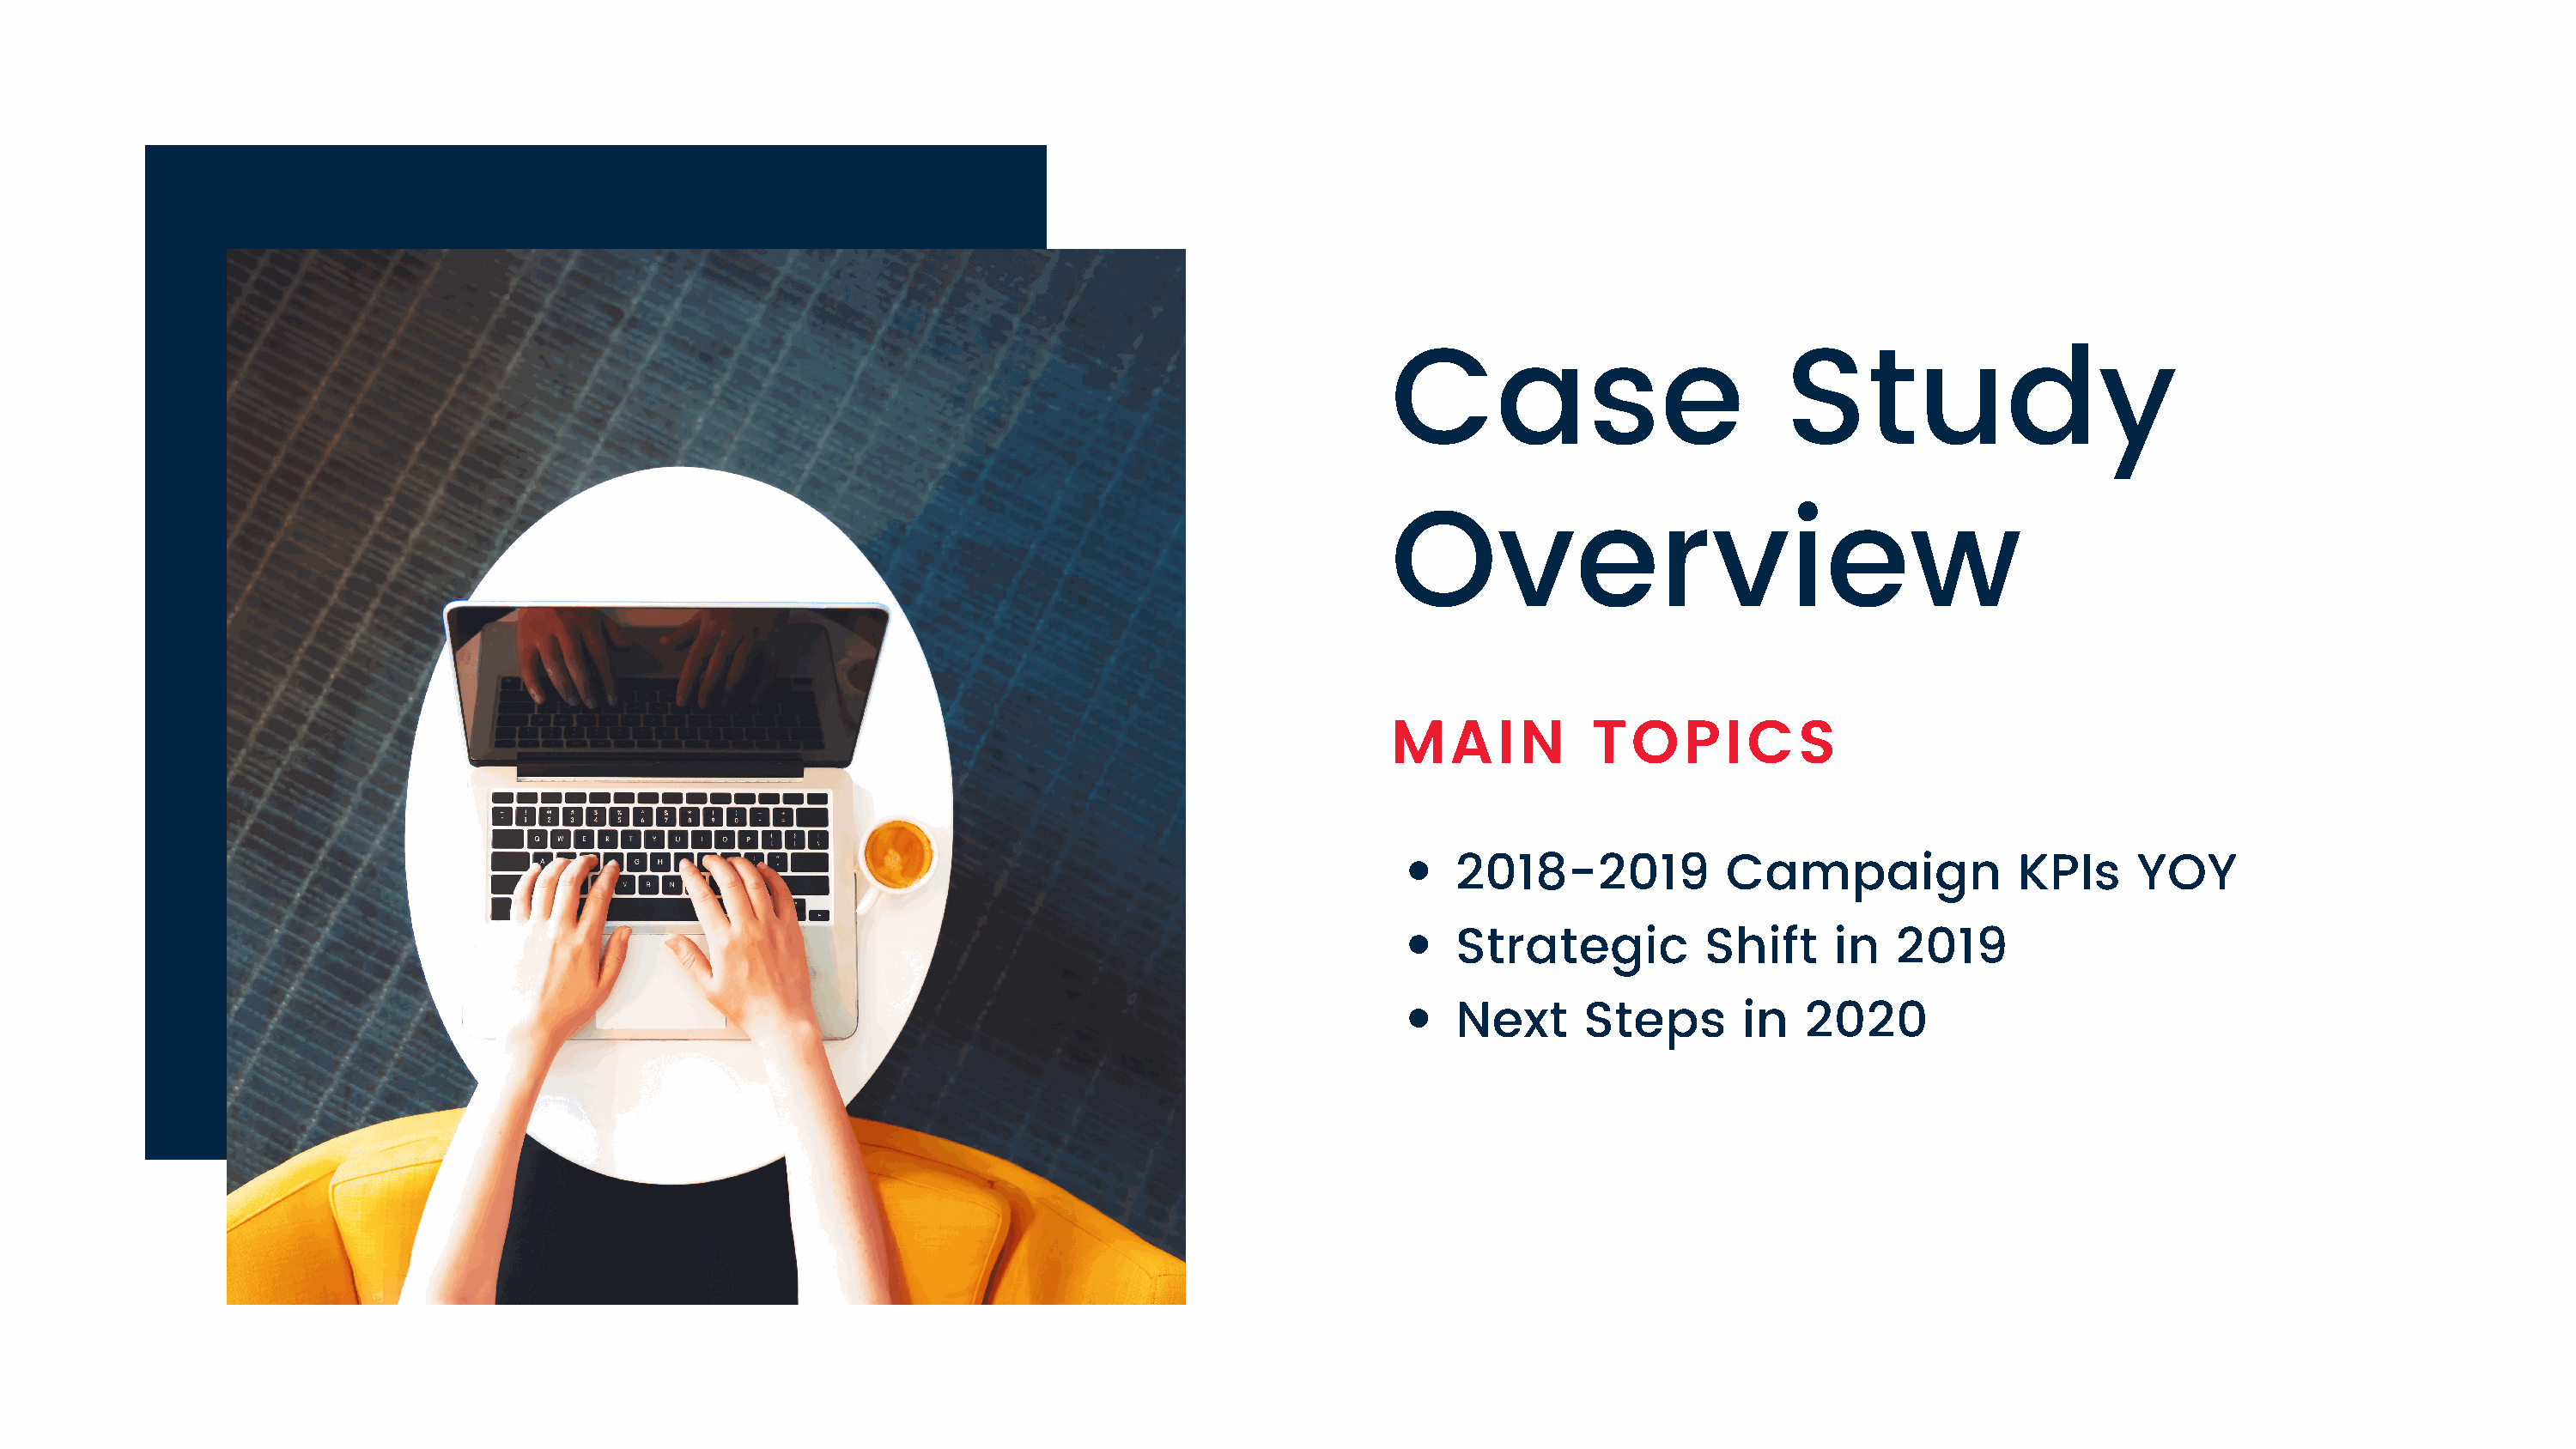
Case                           Study
 Overview
 MAIN            TOPICS
 2018-2019            Campaign               KPIs     YOY
 Strategic          Shift     in   2019
 Next      Steps       in   2020